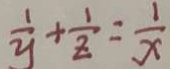
\frac { 1 } { y } + \frac { 1 } { z } = \frac { 1 } { x }